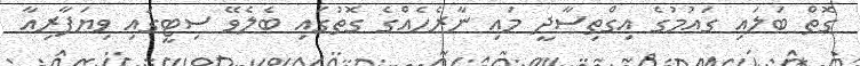
ގޮތް ބަލައި ގައުމުގެ އިގްތިސާދީ މައި ނާރެހެއްގެ ގޮތުގައި ބެލެވޭ ސިޓީގައި ވިޔަފާރިއާ